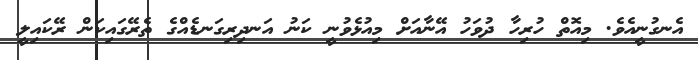
އެނގުނީއެވެ. މިއޮތް ހުރިހާ ދުވަހު އޭނާއަށް މިއުޅެވުނީ ކަނު އަނދިރިގަނޑެއްގެ ތެރޭގައިކަން ރޭކައިލީ